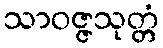
သာဝဇ္ဇသုတ္တံ